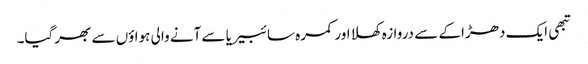
تبھی ایک دھڑاکے سے دروازہ کھلا اور کمرہ سائبیریا سے آنے والی ہواؤں سے بھرگیا۔